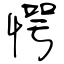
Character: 愕